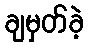
ချမှတ်ခဲ့